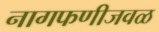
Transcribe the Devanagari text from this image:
नागफणीजवळ